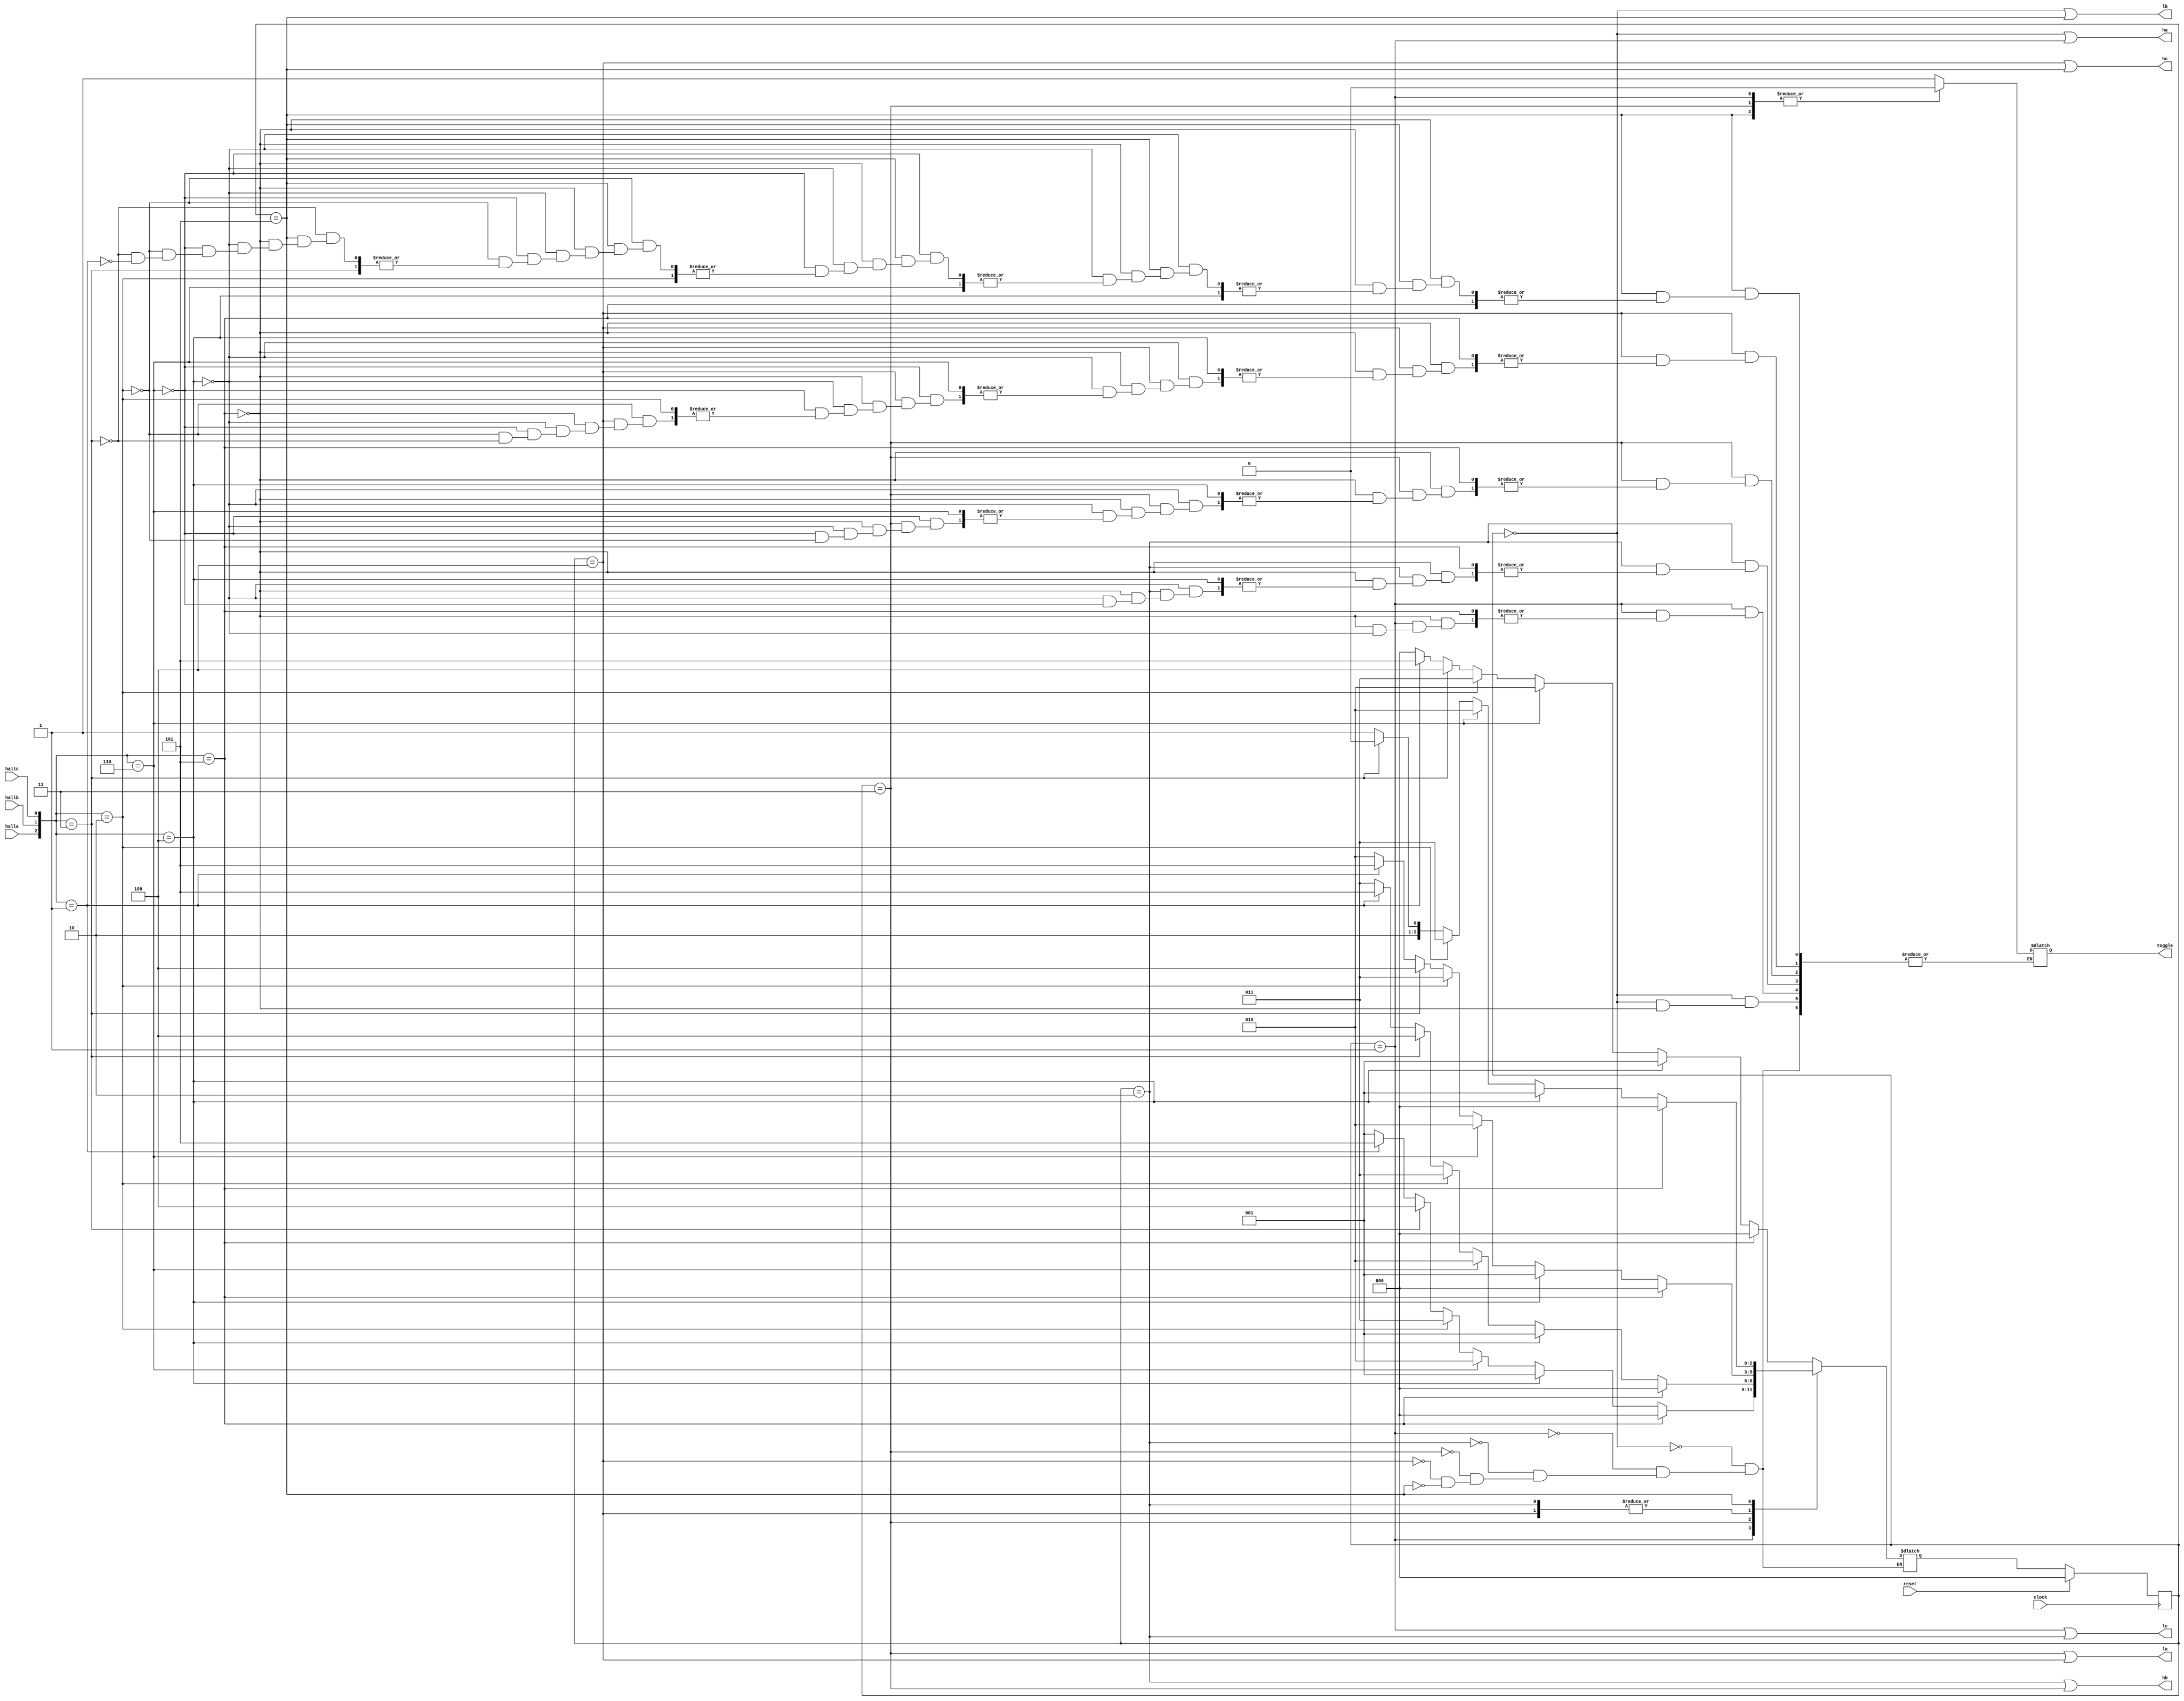
module commutation1 (
	clock,
	reset,
	halla,
	hallb,
	hallc,
	ha,
	hb,
	hc,
	la,
	lb,
	lc,
	toggle
);
	parameter A = 3'b000,
				 B = 3'b001,
			    C = 3'b010,
				 D = 3'b011,
				 E = 3'b100,
				 F = 3'b101;

	input clock;
	input reset;
	input halla;
	input hallb;
	input hallc;
	
	output ha;
	output hb;
	output hc;
	output la;
	output lb;
	output lc;
	output toggle;
	
	wire [2:0] hall_sensor;
	
	reg [2:0] state_D;
	reg [2:0] state_Q;
	
	reg toggle;
	
	assign hall_sensor = {halla, hallb, hallc};
	
	//define the next state combinatorial circuit
	always @ (state_Q, hall_sensor)
		case(state_Q)
			A :	if (hall_sensor == 3'b101)
					begin
						state_D = A;
						toggle = 1'b1;
					end 
					else if (hall_sensor == 3'b100) state_D = B;
					else if (hall_sensor == 3'b110) state_D = C;
					else if (hall_sensor == 3'b010) state_D = D;
					else if (hall_sensor == 3'b011) state_D = E;
					else if (hall_sensor == 3'b001) state_D = F;
					else	state_D = A;
			B : 	if(hall_sensor == 3'b101) state_D = A;
					else if(hall_sensor == 3'b100)
					begin
						state_D = B;
						toggle = 1'b0;
					end 
					else if(hall_sensor == 3'b110) state_D = C;
					else if(hall_sensor == 3'b010) state_D = D;
					else if(hall_sensor == 3'b011) state_D = E;
					else if(hall_sensor == 3'b001) state_D = F;
					else state_D = B;
			C : 	if(hall_sensor == 3'b101) state_D = A;
					else if(hall_sensor == 3'b100) state_D = B;
					else if(hall_sensor == 3'b110) 
					begin 
						state_D = C;
						toggle = 1'b1;
					end 
					else if(hall_sensor == 3'b010) state_D = D;
					else if(hall_sensor == 3'b011) state_D = E;
					else if(hall_sensor == 3'b001) state_D = F;
					else state_D = C;
			D : 	if(hall_sensor == 3'b101) state_D = A;
					else if(hall_sensor == 3'b100) state_D = B;
					else if(hall_sensor == 3'b110) state_D = C;
					else if(hall_sensor == 3'b010) 
					begin
						state_D = D;
						toggle = 1'b0;
					end
					else if(hall_sensor == 3'b011) state_D = E;
					else if(hall_sensor == 3'b001) state_D = F;
					else state_D = D;
			E : 	if(hall_sensor == 3'b101) state_D = A;
					else if(hall_sensor == 3'b100) state_D = B;
					else if(hall_sensor == 3'b110) state_D = C;
					else if(hall_sensor == 3'b010) state_D = D;
					else if(hall_sensor == 3'b011) 
					begin
						state_D = E;
						toggle = 1'b1;
					end 
					else if(hall_sensor == 3'b001) state_D = F;
					else state_D = C;
			F : 	if(hall_sensor == 3'b101) state_D = A;
					else if(hall_sensor == 3'b100) state_D = B;
					else if(hall_sensor == 3'b110) state_D = C;
					else if(hall_sensor == 3'b010) state_D = D;
					else if(hall_sensor == 3'b011) state_D = E;
					else if(hall_sensor == 3'b001) 
					begin
						state_D = F;
						toggle = 1'b0;
					end 
					else state_D = F;
			default : ;
		endcase
		
	//define the sequential block
	always @ (posedge clock)
		if (reset)
			state_Q <= A;
		else
			state_Q <= state_D;
	
	//define output
	assign ha = (state_Q == A) || (state_Q == B);	
	assign hb = (state_Q == C) || (state_Q == D);
	assign hc = (state_Q == E) || (state_Q == F);
	assign la = (state_Q == D) || (state_Q == E);
	assign lb = (state_Q == A) || (state_Q == F);
	assign lc = (state_Q == B) || (state_Q == C);
endmodule